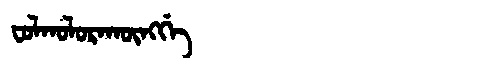
Manchu: ᠸᠣᠯᡴᠣᠯᠣᡵᠠᡴᡡᠩᡤᡝ
Romanization: FOLKOLORAKŪNGGE